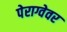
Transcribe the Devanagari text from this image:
पेराग्वेवर